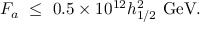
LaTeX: F _ { a } \ \le \ 0 . 5 \times 1 0 ^ { 1 2 } h _ { 1 / 2 } ^ { 2 } \ \mathrm { G e V . }